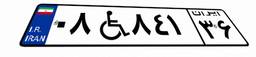
۰۸W۸۴۱۳۶